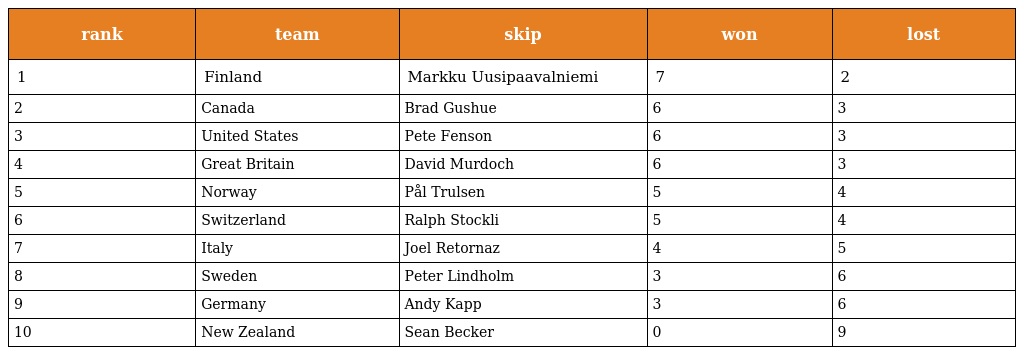
| rank | team | skip | won | lost |
 | --- | --- | --- | --- | --- |
 | 1 | Finland | Markku Uusipaavalniemi | 7 | 2 |
 | 2 | Canada | Brad Gushue | 6 | 3 |
 | 3 | United States | Pete Fenson | 6 | 3 |
 | 4 | Great Britain | David Murdoch | 6 | 3 |
 | 5 | Norway | Pål Trulsen | 5 | 4 |
 | 6 | Switzerland | Ralph Stockli | 5 | 4 |
 | 7 | Italy | Joel Retornaz | 4 | 5 |
 | 8 | Sweden | Peter Lindholm | 3 | 6 |
 | 9 | Germany | Andy Kapp | 3 | 6 |
 | 10 | New Zealand | Sean Becker | 0 | 9 |